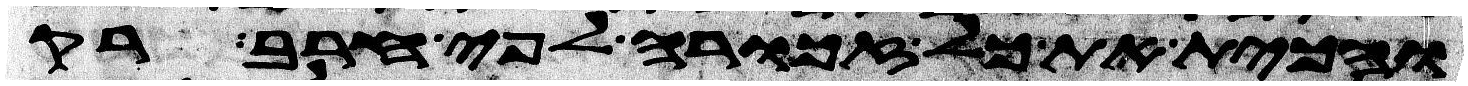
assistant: והכית את כל זכורה לפי חרב רק